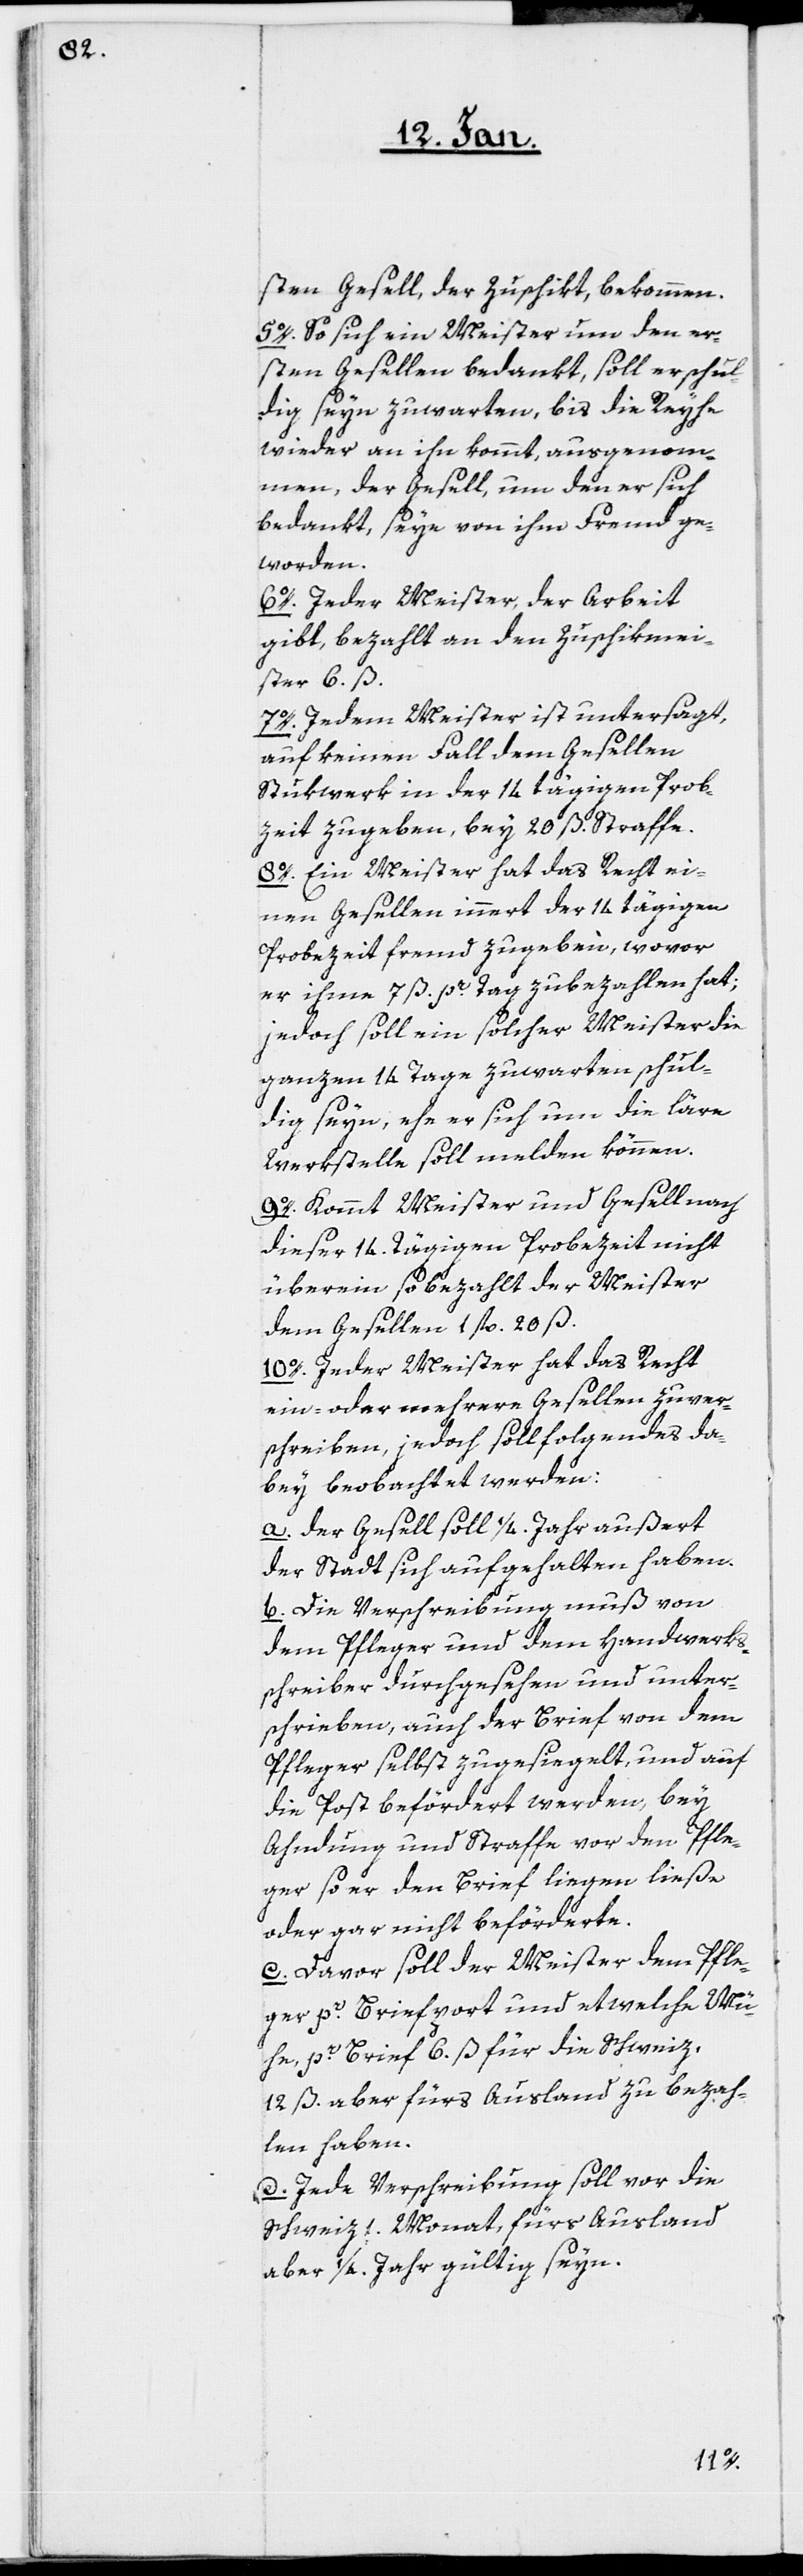
sten Gesell, der zuschikt, bekommen.
5o. So sich ein Meister um den er¬
sten Gesellen bedankt, soll er schul¬
dig seyn zuwarten, bis die Reyhe
wieder an ihn kommt, ausgenom¬
men, der Gesell, um den er sich
bedankt, seye von ihm Freund ge¬
worden.
6o. Jeder Meister, der Arbeit
gibt, bezahlt an den Zuschikmei¬
ster 6. ß.
7o. Jedem Meister ist untersagt,
auf keinen Fall dem Gesellen
Stükwerk in der 14tägigen Probe¬
zeit zugeben, bey 20 ß. Straffe.
8o. Ein Meister hat das Recht ei¬
nen Gesellen innert der 14tägigen
Probezeit fremd zugeben, wovor
er ihme 7 ß. pr. Tag zubezahlen hat;
jedoch soll ein solcher Meister die
ganzen 14 Tage zuwarten schul¬
dig seyn, ehe er sich um die läre
Werkstelle soll melden können.
9o. Kommt Meister und Gesell nach
dieser 14. Tägigen Probezeit nicht
überein, so bezahlt der Meister
dem Gesellen 1 fl. 20 ß.
10o. Jeder Meister hat das Recht
ein- oder mehrere Gesellen zu ver¬
schreiben, jedoch soll folgendes da¬
bey beobachtet werden:
a. der Gesell soll 1/4. Jahr außert
der Stadt sich aufgehalten haben.
b. Die Verschreibung muß von
dem Pfleger und dem Handwerks¬
schreiber durchgesehen und unter¬
schrieben, auch der Brief von dem
Pfleger selbst zugesiegelt, und auf
die Post befördert werden, bey
Ahndung und Strafe vor den Pfle¬
ger so er den Brief liegen ließe
oder gar nicht beförderte.
c. Davor soll der Meister dem Pfle¬
ger pr. Briefport und etwelche Mü¬
he, pr. Brief 6. ß für die Schweiz,
12 ß. aber fürs Ausland zu bezah¬
len haben.
d. Jede Verschreibung soll vor die
Schweiz 1 Monat, fürs Ausland
aber 1/4. Jahr gültig seyn.